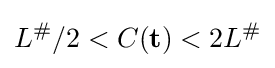
L^{\#}/2<C(\mathbf {t} )<2L^{\#}